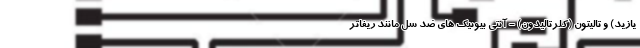
یازید) و تالیتون (کلرتالیدون) - آنتی بیوتیک های ضد سل مانند ریفاتر